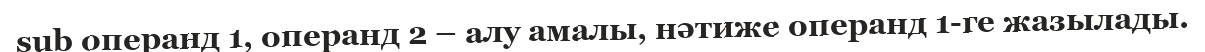
sub операнд 1, операнд 2 – алу амалы, нәтиже операнд 1-ге жазылады.